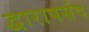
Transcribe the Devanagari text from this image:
द्वारापसंद